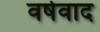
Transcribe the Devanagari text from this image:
वर्षवाद